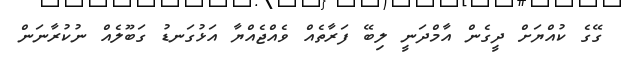
ގޭގެ ކުއްޔަށް ދީގެން އާމްދަނީ ލިބޭ ފަރާތެއް ވެއްޖެއްޔާ އަޅުގަނޑު ގަބޫލެއް ނުކުރާނަން